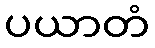
ပယာတံ